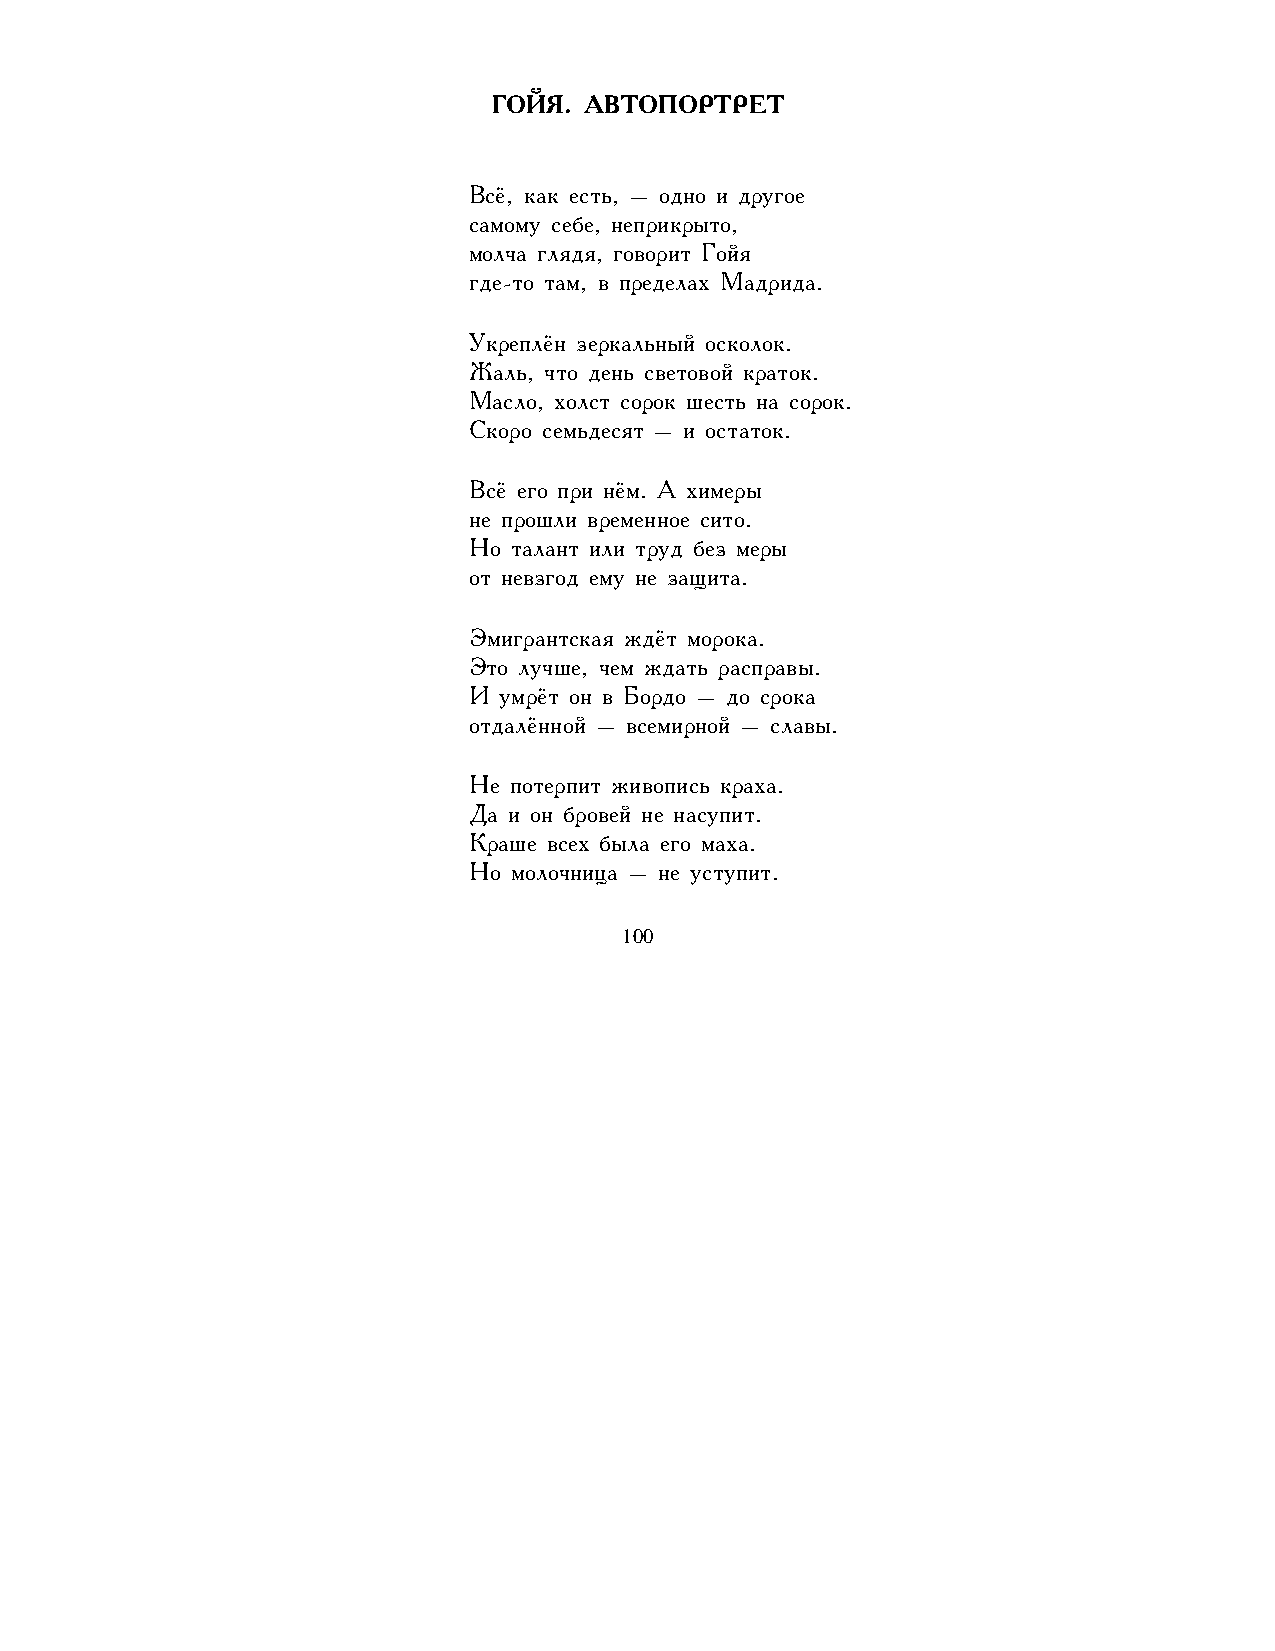
ГОЙЯ. АВТОПОРТРЕТ
 Всё, как есть, – одно и другое
 самому себе, неприкрыто,
 молча глядя, говорит Гойя
 где-то там, в пределах Мадрида.
 Укреплён зеркальный осколок.
 Жаль, что день световой краток.
 Масло, холст сорок шесть на сорок.
 Скоро семьдесят – и остаток.
 Всё его при нём. А химеры
 не прошли временное сито.
 Но талант или труд без меры
 от невзгод ему не защита.
 Эмигрантская ждёт морока.
 Это лучше, чем ждать расправы.
 И умрёт он в Бордо – до срока
 отдалённой – всемирной – славы.
 Не потерпит живопись краха.
 Да и он бровей не насупит.
 Краше всех была его маха.
 Но молочница – не уступит.
 100